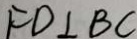
F D \bot B C